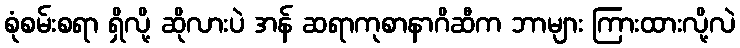
စုံစမ်းစရာ ရှိလို့ ဆိုလားပဲ အန် ဆရာကုစာနာဂိဆီက ဘာများ ကြားထားလို့လဲ